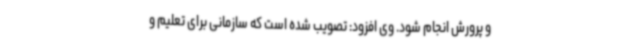
و پرورش انجام شود. وی افزود: تصویب شده است که سازمانی برای تعلیم و